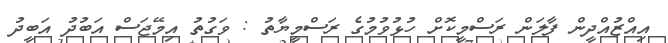
އިއްޒުއްދީން ފާލަން ރަސްމީކޮށް ހުޅުވުމުގެ ރަސްމީޔާތު : ވަގުތު އިމޭޖަސް އަބުދު އަބީދު